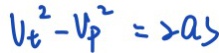
V _ { t } ^ { 2 } - V _ { p } ^ { 2 } = 2 a s